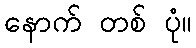
နောက် တစ် ပုံ။